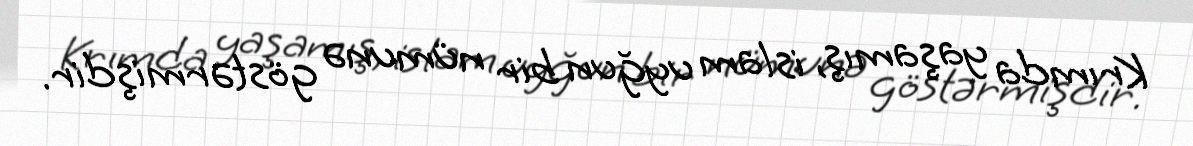
Krımda yaşamış, islam uyğun bir nümunə göstərmişdir.